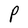
Character: P